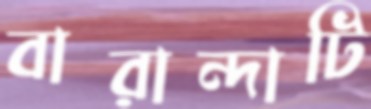
বারান্দাটি